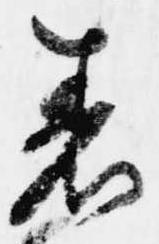
着